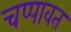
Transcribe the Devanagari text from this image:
चप्पावत